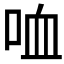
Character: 𠲣